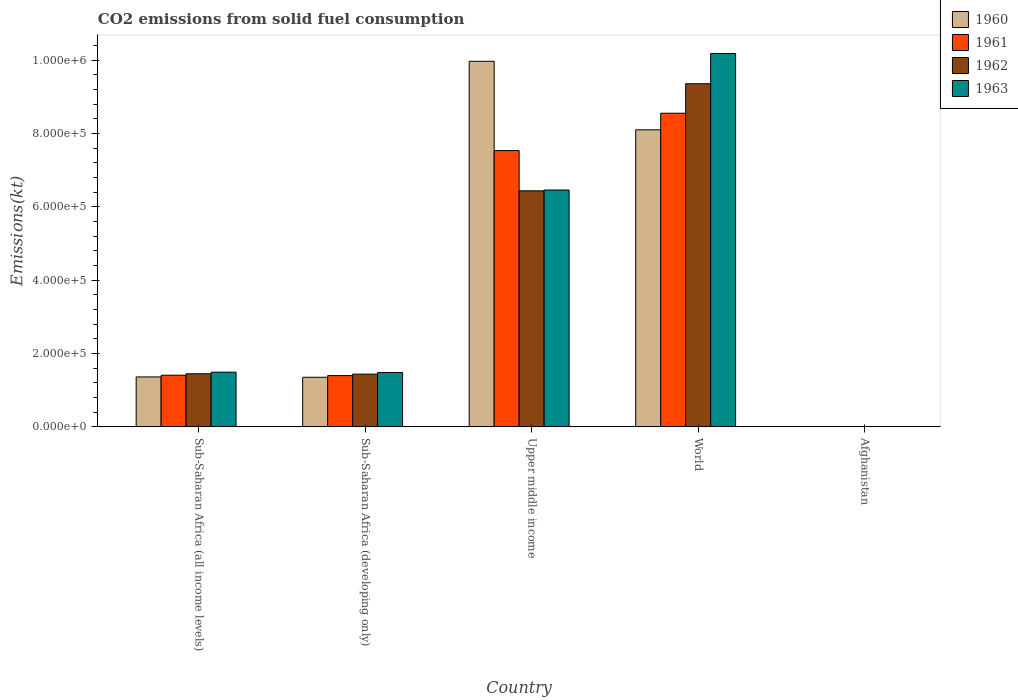
| Country | 1960 | 1961 | 1962 | 1963 |
 | --- | --- | --- | --- | --- |
 | Sub-Saharan Africa (all income levels) | 1.36e+05 | 1.41e+05 | 1.45e+05 | 1.49e+05 |
 | Sub-Saharan Africa (developing only) | 1.35e+05 | 1.4e+05 | 1.44e+05 | 1.48e+05 |
 | Upper middle income | 9.97e+05 | 7.54e+05 | 6.44e+05 | 6.46e+05 |
 | World | 8.1e+05 | 8.56e+05 | 9.36e+05 | 1.02e+06 |
 | Afghanistan | 128 | 176 | 297 | 264 |